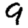
Digit: 9